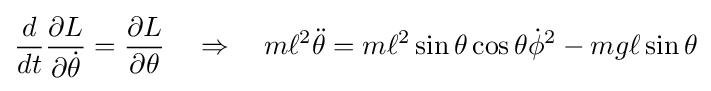
{\frac {d}{dt}}{\frac {\partial L}{\partial {\dot {\theta }}}}={\frac {\partial L}{\partial \theta }}\quad \Rightarrow \quad m\ell ^{2}{\ddot {\theta }}=m\ell ^{2}\sin \theta \cos \theta {\dot {\phi }}^{2}-mg\ell \sin \theta